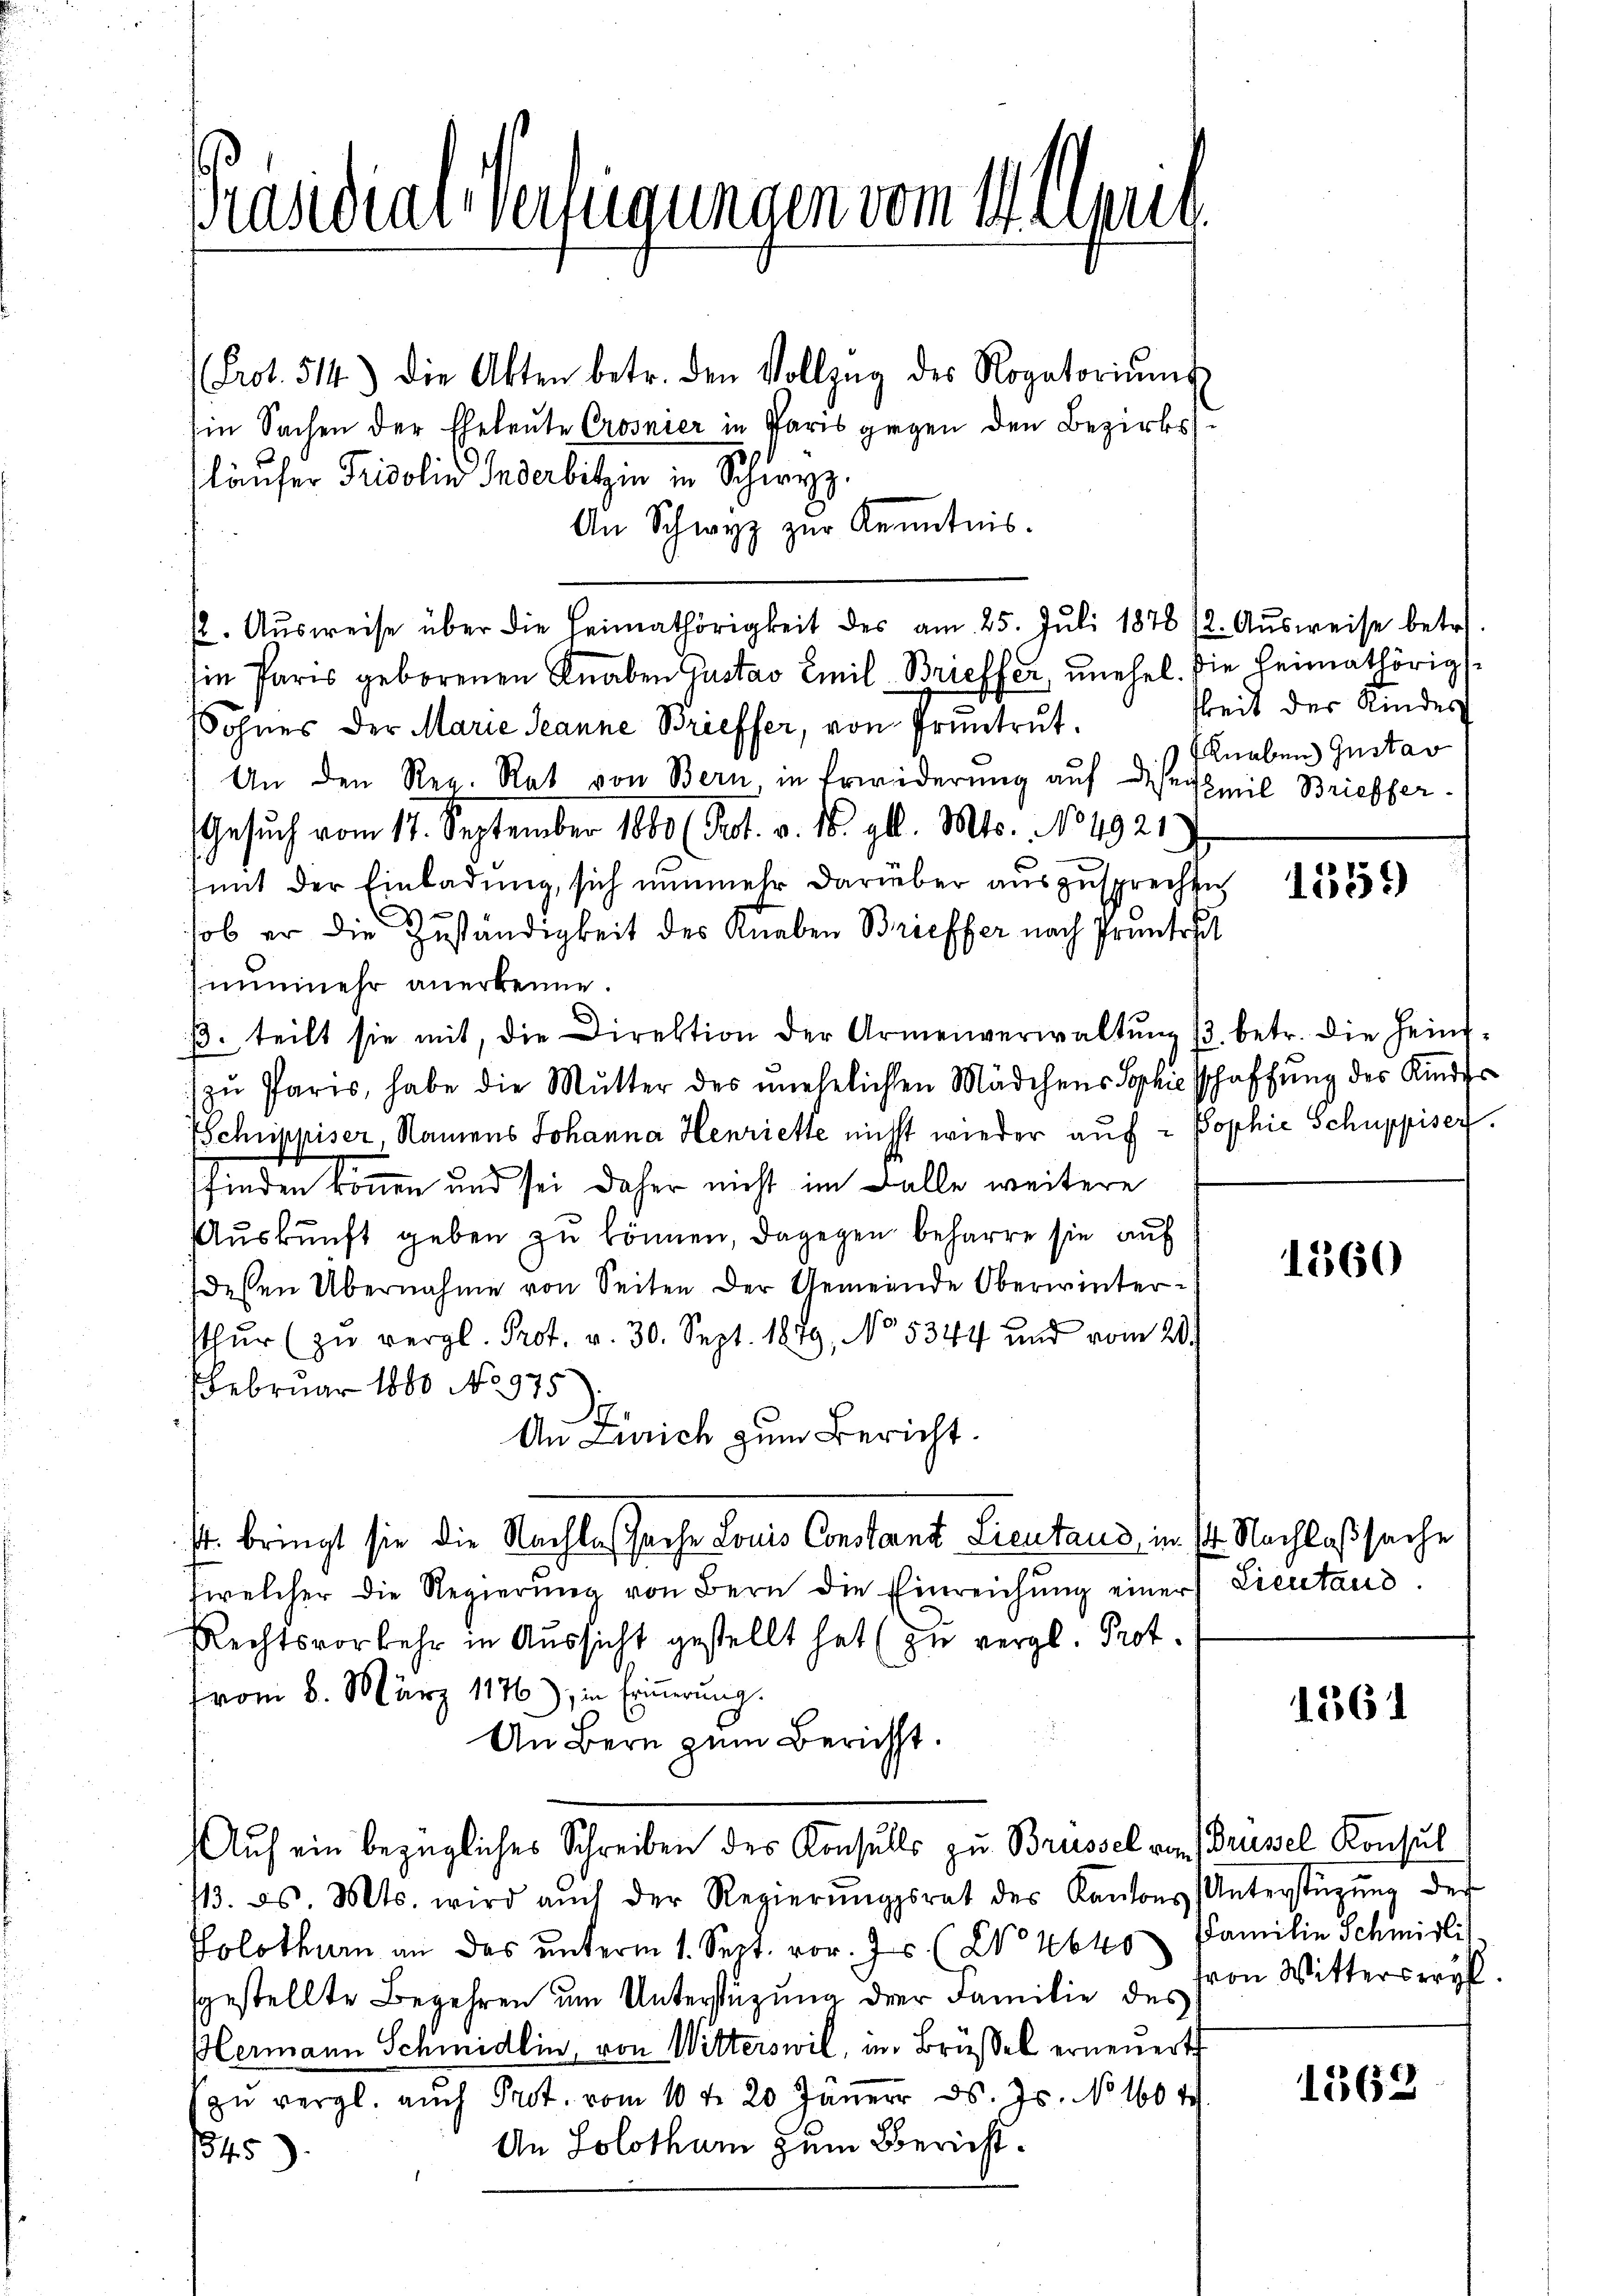
Brasidial-Verfügungen vom Weisu

Prot. 514.) Die Akten betr. den Vollzŭg des Rogatoriŭms.
Ein Sachen der Eheleute Crosnier in Paris gegen den Bezirksläufer Fridolin Inderbitzin in Schwyz.
An Schwyz zur Kenntnis.
(2. Aŭsweise über die Heimathörigkeit des am 25. Jŭli 1878 (2. Aŭsweise betr.
sie Paris geborenen Knaben Gustav Emil Brieffer, unehel. Die Heimathörig
SSohnes der Marie Jeanne Brieffer, von Pruntrut.
An den Reg. Rat von Bern in Erwiderŭng aŭf die Emil Brieffer-
Gesuch vom 17. September 1880 (Prot. v. 16. gl. Mts. 184921
mit der Einladung, sich nunmehr darüber auszusprechen
sob er die Zuständigkeit des Knaben Brieffer nach Prunterst
hinunmehr anerkenne.
β. teilt sie mit, die Direktion der Armenverwaltŭng 13. betr. die Hein¬
) zu Paris, habe die Mutter des unehelichen Mädchens Sophie schaffung des Kinder
SSchuppiser, Namens Johanna Henriette nicht wieder auf - Pophie Schuppiser.
sfinden können und sei daher nicht im Falle weitere
Aŭskŭnft geben zŭ können, dagegen beharre sie auf
dessen Übernahme von Seiten der Gemeinde Oberwinterthŭr (zu vergl. Prot. v. 30. Sept. 1879, No 5344 und vom 20.
FFebruar 1880 No 975.
An Zürich zum Bericht.
st bringt sie die Nachlaßsache Louis Constant Lieutaus, im st. Nachlaßsache
welcher die Regierŭng von Bern die Einreichŭng einer Lieutand.
Rechtsvorkehr in Aussicht gestellt hat (zu vergl. Prot.
vom 8. März 1876), in Erinnerung.
An Bern zum Bericht.
Auf ein bezügliches Schreiben des Konsulls zu Brüssel von Drusel Konsul
113. ds. Mts. wird aŭch der Regierŭngsrat des Kantons Unterstützŭng der
Solothurn an das ŭnterm 1. Sept. vor. 7 (No 4640 Familie Schmidli
sgestellte Begehren um Unterstüzung der Familie des
Hermann Schmidlin, von Witterswil, in Brüßel erneuert
zŭ vergl. auch Prot. vom 10te 20 Jäner d. Js. No 1604.
An Solothum zum Bericht.
1345)

keit des Kindes
Knaben Gustav

1552)

1360

1361

von Wittersreyf

1562